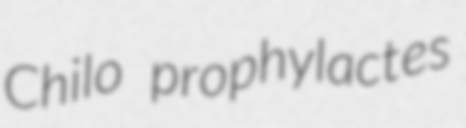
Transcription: Chilo prophylactes